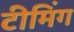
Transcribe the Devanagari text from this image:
टीमिंग